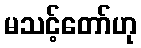
မသင့်တော်ဟု